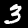
Label: 3